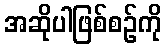
အဆိုပါဖြစ်စဉ်ကို